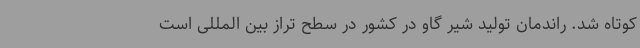
کوتاه شد. راندمان تولید شیر گاو در کشور در سطح تراز بین المللی است